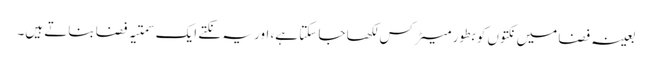
بعینہ فضا میں نکتوں کو بطور میٹرکس لکھا جا سکتا ہے، اور یہ نکتے ایک سمتیہ فضا بناتے ہیں۔